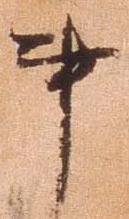
事